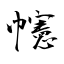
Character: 幰